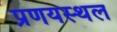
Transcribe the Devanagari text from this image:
प्रणयस्थल